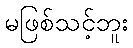
မဖြစ်သင့်ဘူး